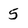
Character: 5